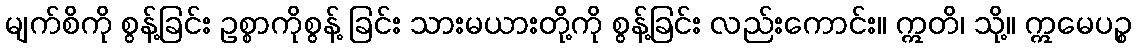
မျက်စိကို စွန့်ခြင်း ဥစ္စာကိုစွန့် ခြင်း သားမယားတို့ကို စွန့်ခြင်း လည်းကောင်း။ ဣတိ၊ သို့။ ဣမေပဉ္စ